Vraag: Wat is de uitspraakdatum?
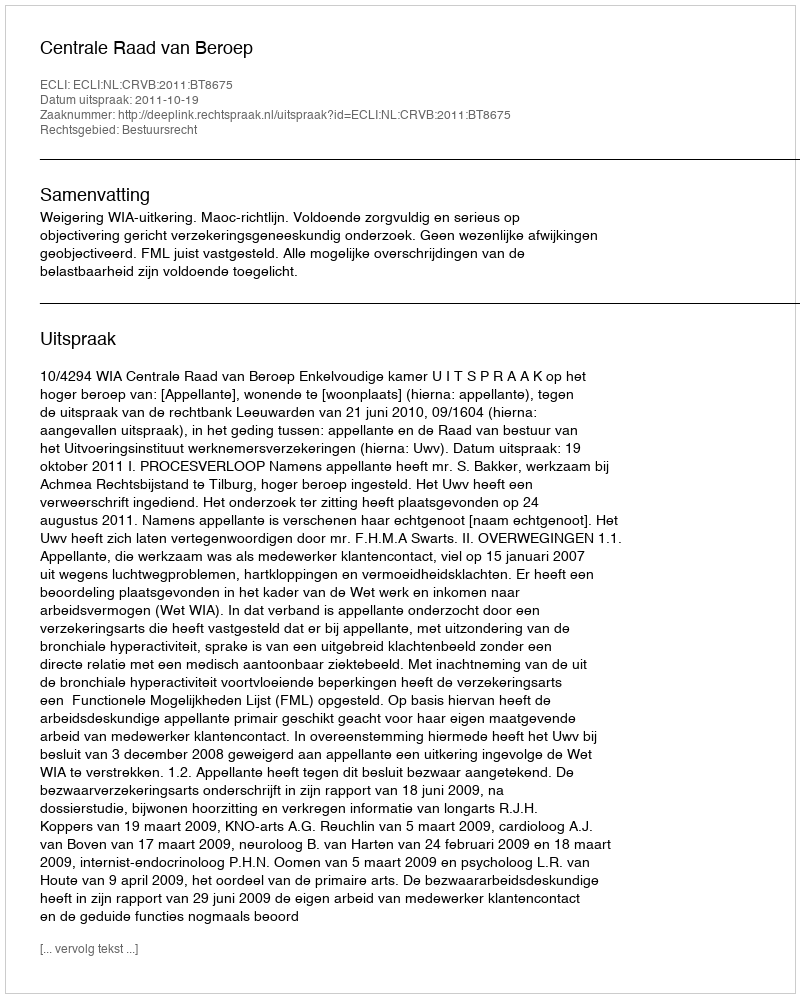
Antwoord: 2011-10-19